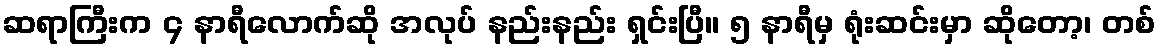
ဆရာကြီးက ၄ နာရီလောက်ဆို အလုပ် နည်းနည်း ရှင်းပြီ။ ၅ နာရီမှ ရုံးဆင်းမှာ ဆိုတော့၊ တစ်